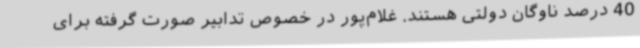
40 درصد ناوگان دولتی‌ هستند. غلام‌پور در ‌خصوص تدابیر صورت گرفته برای